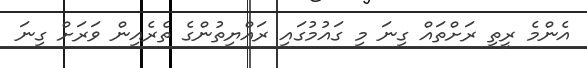
އެންމެ ރީތި ރަށްތައް ގިނަ މި ގައުމުގައި ރައްޔިތުންގެ ތެރެއިން ވަރަށް ގިނަ